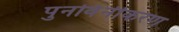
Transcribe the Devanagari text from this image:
पुनर्विनीकरण